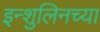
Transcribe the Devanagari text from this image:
इन्शुलिनच्या